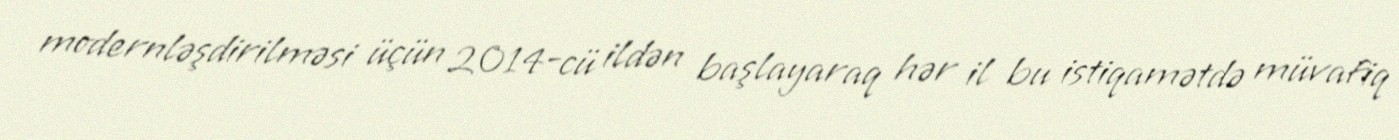
modernləşdirilməsi üçün 2014-cü ildən başlayaraq hər il bu istiqamətdə müvafiq